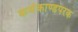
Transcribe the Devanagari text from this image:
कर्मकाण्डपरक